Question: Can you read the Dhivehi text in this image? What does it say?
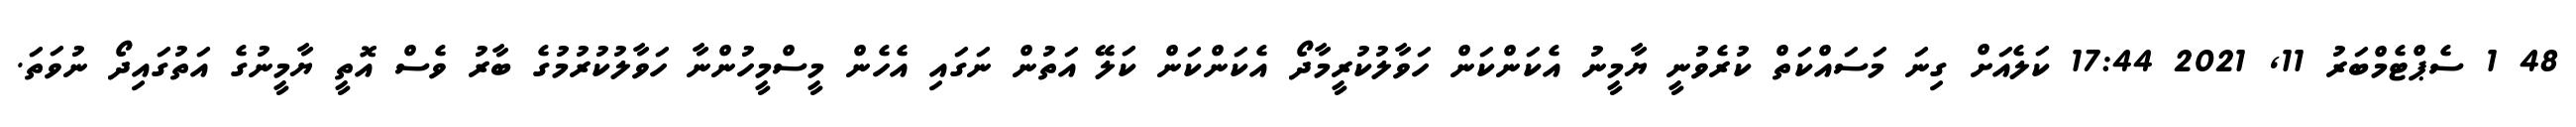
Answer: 48 1 ސެޕްޓެމްބަރު 11, 2021 17:44 ކަލެއަށް ގިނަ މަސައްކަތް ކުރެވުނީ ޔާމީނު އެކަންކަން ހަވާލުކުރީމާދޯ އެކަންކަން ކަލޭ އަތުން ނަގައި އެހެން މީސްމީހުންނާ ހަވާލުކުރުމުގެ ބާރު ވެސް އޮތީ ޔާމީނުގެ އަތުގައިދޯ ނުވަތަ.